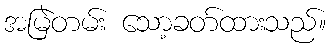
အမြဲတမ်း သော့ခတ်ထားသည်။